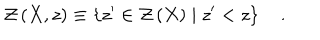
LaTeX: { \cal Z } \left( X , z \right) \equiv \left\{ z ^ { \prime } \in { \cal Z } \left( X \right) \mid z ^ { \prime } < z \right\} \quad .